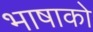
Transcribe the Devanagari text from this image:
भाषाको